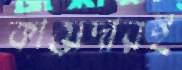
কায়েদারই